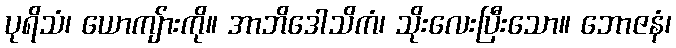
ပုရိသံ၊ ယောကျ်ားကို။ အာဘိဒေါသိကံ၊ သိုးလေးပြီးသော။ ဘောဇနံ၊